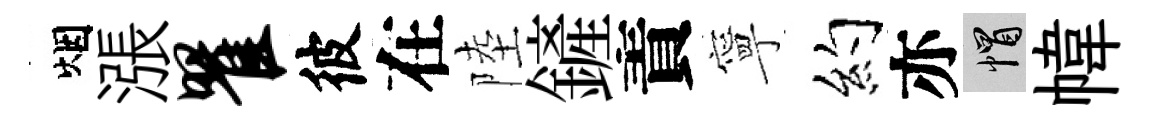
烟漲瞿彼在陸鏟責寧约亦帽幃